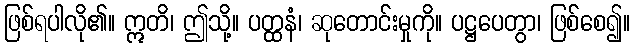
ဖြစ်ရပါလို၏။ ဣတိ၊ ဤသို့။ ပတ္ထနံ၊ ဆုတောင်းမှုကို။ ပဋ္ဌပေတွာ၊ ဖြစ်စေ၍။